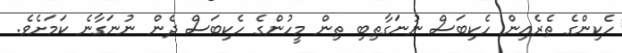
ހެކިންގެ ތެރެއިން ހެކިބަސް ނުނަގާތިބި ތިން މީހުންގެ ހެކިބަސް ދެން ނުނަގާނެ ކަމަށެވެ.